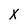
Character: X